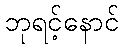
ဘုရင့်နောင်